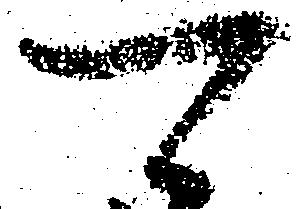
可